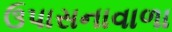
ઉપાસનાવાળા